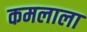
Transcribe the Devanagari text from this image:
कमलाला